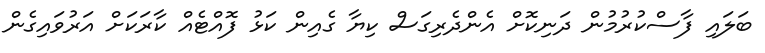
ބަލައި ފާސްކުރުމުން ދަނިކޮށް އެންދެރިގަސް ކިޔާ ގެއިން ކަޅު ފޮއްޓެއް ކާރަކަށް އަރުވައިގެން